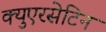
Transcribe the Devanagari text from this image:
क्युएरसेटिन